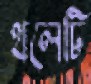
থলেটি